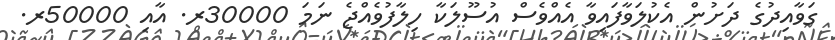
ގަވާއިދުގެ ދަށުން އެކުލަވާފައިވާ އެއްވެސް އުސޫލަކާ ހިލާފުވެއްޖެ ނަމަ 30000ރ. އާއި 50000ރ.